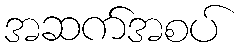
အဆက်အစပ်